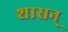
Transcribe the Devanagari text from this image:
शासन्